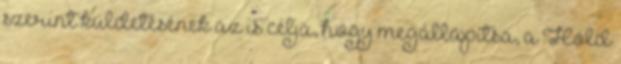
szerint küldetésének az is célja, hogy megállapítsa, a Hold